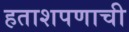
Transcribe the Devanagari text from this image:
हताशपणाची